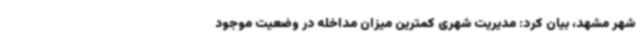
شهر مشهد، بیان کرد: مدیریت شهری کمترین میزان مداخله در وضعیت موجود